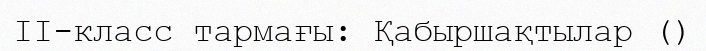
ІІ-класс тармағы: Қабыршақтылар ()